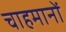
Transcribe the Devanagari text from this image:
चाहमानों